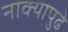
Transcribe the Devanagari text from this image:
नाक्‍यापुढे